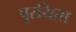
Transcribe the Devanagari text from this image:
पूरयिता